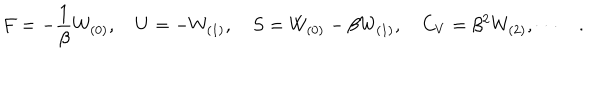
F = - { \frac { 1 } { \beta } } W _ { ( 0 ) } , \quad U = - W _ { ( 1 ) } , \quad S = W _ { ( 0 ) } - \beta W _ { ( 1 ) } , \quad C _ { V } = \beta ^ { 2 } W _ { ( 2 ) } , \cdots \quad .